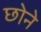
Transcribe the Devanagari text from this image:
छोने